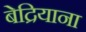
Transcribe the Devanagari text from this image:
बेद्रियाना